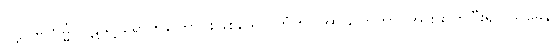
ဝဋ္ဋဂါမိကမ္မံ၊ ဝဋ်သို့ ရောက်ကြောင်းဖြစ်သော ကံကို။ အာယူဟိတွာ၊ အားထုတ်ပြီး၍။ သုခေန၊